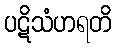
ပဋိသံဟရတိ